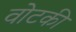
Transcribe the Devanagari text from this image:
वोटकी